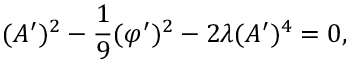
( A ^ { \prime } ) ^ { 2 } - \frac { 1 } { 9 } ( \varphi ^ { \prime } ) ^ { 2 } - 2 \lambda ( A ^ { \prime } ) ^ { 4 } = 0 ,